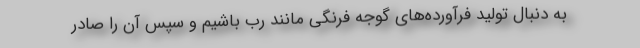
به دنبال تولید فرآورده‌های گوجه فرنگی مانند رب باشیم و سپس آن را صادر